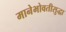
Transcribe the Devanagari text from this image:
मानेभोवतीसुद्धा